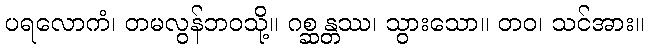
ပရလောကံ၊ တမလွန်ဘဝသို့။ ဂစ္ဆန္တဿ၊ သွားသော။ တဝ၊ သင်အား။